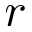
r